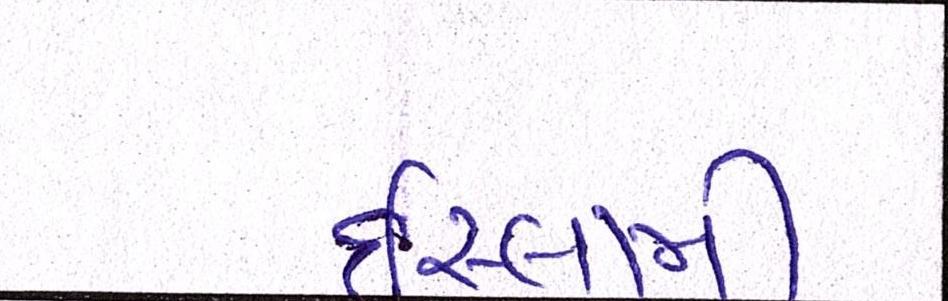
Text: ઈસ્લામી